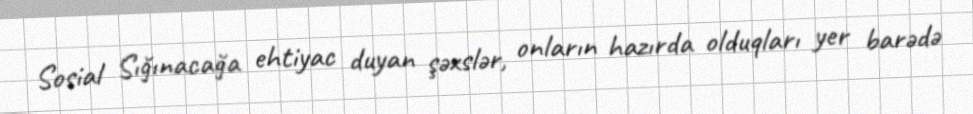
Sosial Sığınacağa ehtiyac duyan şəxslər, onların hazırda olduqları yer barədə